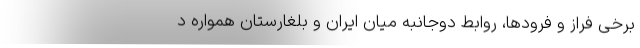
برخی فراز و فرودها، روابط دوجانبه میان ایران و بلغارستان همواره د